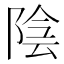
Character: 陰